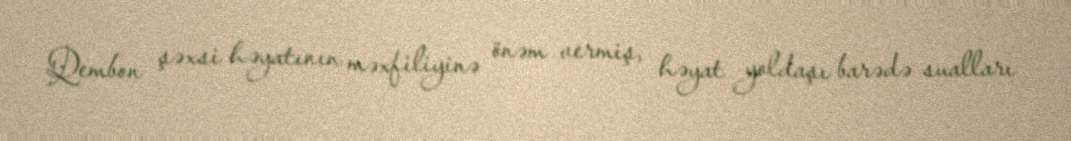
Qembon şəxsi həyatının məxfiliyinə önəm vermiş, həyat yoldaşı barədə sualları